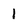
Character: 1